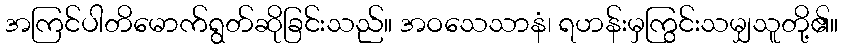
အကြင်ပါတိမောက်ရွတ်ဆိုခြင်းသည်။ အဝသေသာနံ၊ ရဟန်းမှကြွင်းသမျှသူတို့၏။